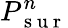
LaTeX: P_{\mathrm{~s~u~r~}}^{n}